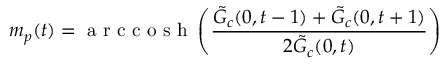
m _ { p } ( t ) = \mathrm { ~ a ~ r ~ c ~ c ~ o ~ s ~ h ~ } \left( \frac { \tilde { G } _ { c } ( 0 , t - 1 ) + \tilde { G } _ { c } ( 0 , t + 1 ) } { 2 \tilde { G } _ { c } ( 0 , t ) } \right)